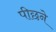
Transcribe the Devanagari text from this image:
पीछने